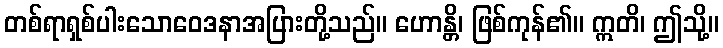
တစ်ရာရှစ်ပါးသောဝေဒနာအပြားတို့သည်။ ဟောန္တိ၊ ဖြစ်ကုန်၏။ ဣတိ၊ ဤသို့။